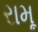
રામૂ